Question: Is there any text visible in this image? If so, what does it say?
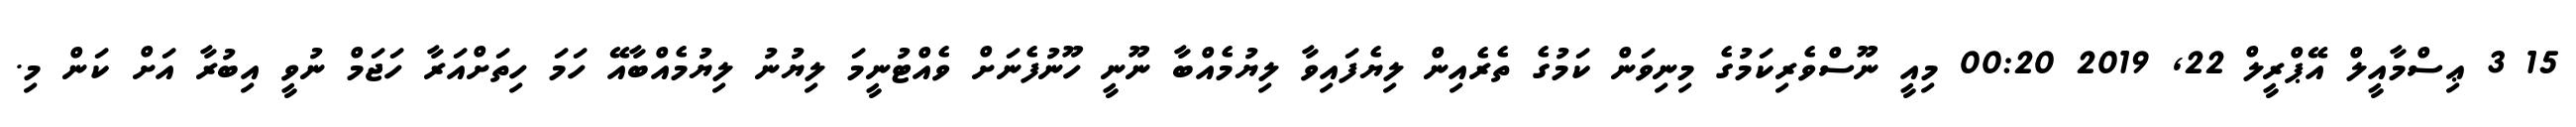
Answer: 15 3 ޢިސްމާއީލް އޭޕްރީލް 22, 2019 00:20 މިއީ ނޫސްވެރިކަމުގެ މިނިވަން ކަމުގެ ތެރެއިން ލިޔެފައިވާ ލިޔުމެއްބާ ނޫނީ ހޫނުފެނަށް ވެއްޓުނީމަ ލިޔުނު ލިޔުމެއްބާއޭ ހަމަ ހިތަށްއަރާ ހަޖަމް ނުވީ އިބުރާ އަށް ކަން މި.